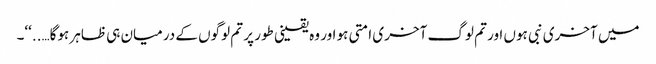
میں آخری نبی ہوں اور تم لوگ آخری امتی ہو اور وہ یقینی طور پر تم لوگوں کے درمیان ہی ظاہر ہوگا…..‘‘۔